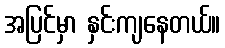
အပြင်မှာ နှင်းကျနေတယ်။